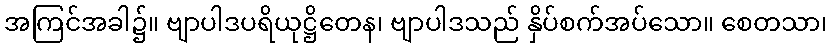
အကြင်အခါ၌။ ဗျာပါဒပရိယုဋ္ဌိတေန၊ ဗျာပါဒသည် နှိပ်စက်အပ်သော။ စေတသာ၊